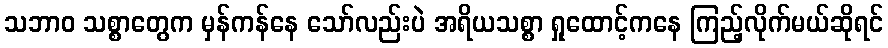
သဘာဝ သစ္စာတွေက မှန်ကန်နေ သော်လည်းပဲ အရိယသစ္စာ ရှုထောင့်ကနေ ကြည့်လိုက်မယ်ဆိုရင်